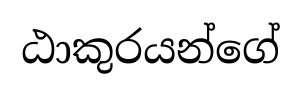
ඨාකුරයන්ගේ